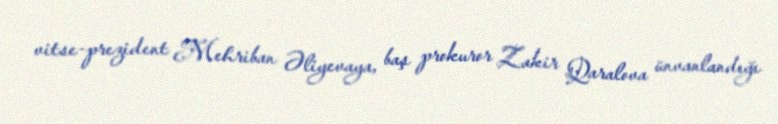
vitse-prezident Mehriban Əliyevaya, baş prokuror Zakir Qaralova ünvanlandığı